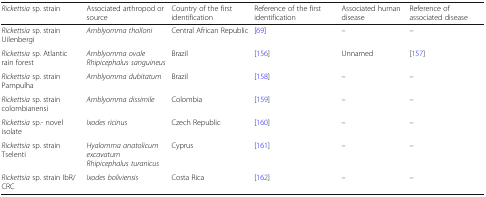
<table><thead><tr><td><b><i>Rickettsia</i> sp. strain</b></td><td><b>Associated arthropod or source</b></td><td><b>Country of the first identification</b></td><td><b>Reference of the first identification</b></td><td><b>Associated human disease</b></td><td><b>Reference of associated disease</b></td></tr></thead><tbody><tr><td><i>Rickettsia</i> sp. strain Uilenbergi</td><td><i>Amblyomma tholloni</i></td><td>Central African Republic</td><td>[69]</td><td>–</td><td>–</td></tr><tr><td><i>Rickettsia</i> sp. Atlantic rain forest</td><td><i>Amblyomma ovale</i><i>Rhipicephalus sanguineus</i></td><td>Brazil</td><td>[156]</td><td>Unnamed</td><td>[157]</td></tr><tr><td><i>Rickettsia</i> sp. strain Pampulha</td><td><i>Amblyomma dubitatum</i></td><td>Brazil</td><td>[158]</td><td>–</td><td>–</td></tr><tr><td><i>Rickettsia</i> sp. strain colombianensi</td><td><i>Amblyomma dissimile</i></td><td>Colombia</td><td>[159]</td><td>–</td><td>–</td></tr><tr><td><i>Rickettsia</i> sp.- novel isolate</td><td><i>Ixodes ricinus</i></td><td>Czech Republic</td><td>[160]</td><td>–</td><td>–</td></tr><tr><td><i>Rickettsia</i> sp. strain Tselenti</td><td><i>Hyalomma anatolicum excavatum</i><i>Rhipicephalus turanicus</i></td><td>Cyprus</td><td>[161]</td><td>–</td><td>–</td></tr><tr><td><i>Rickettsia</i> sp. strain IbR/CRC</td><td><i>Ixodes boliviensis</i></td><td>Costa Rica</td><td>[162]</td><td>–</td><td>–</td></tr></tbody></table>